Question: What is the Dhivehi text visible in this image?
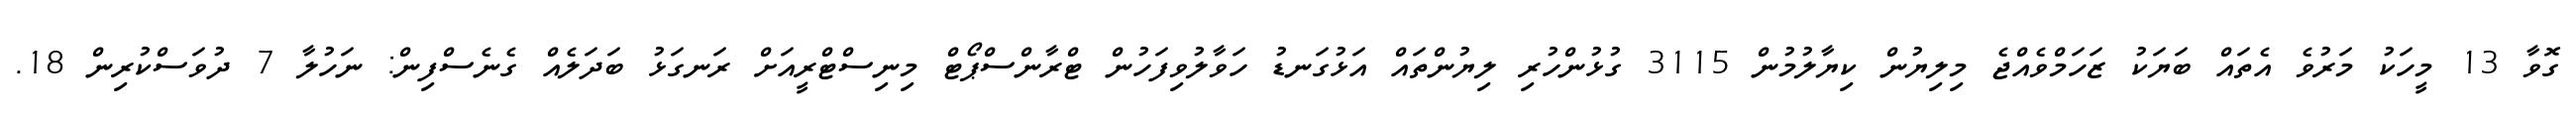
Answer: ގޮވާ 13 މީހަކު މަރުވެ އެތައް ބަޔަކު ޒަހަމްވެއްޖެ މިލިޔުން ކިޔާލުމުން 3115 ގުޅުންހުރި ލިޔުންތައް އަޅުގަނޑު ހަވާލުވިފަހުން ޓްރާންސްޕޯޓް މިނިސްޓްރީއަށް ރަނގަޅު ބަދަލެއް ގެނެސްފިން: ނަހުލާ 7 ދުވަސްކުރިން 18.